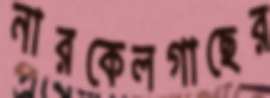
নারকেলগাছের